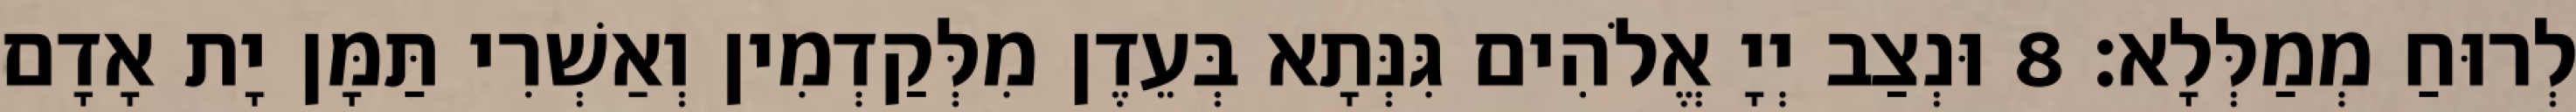
לְרוּחַ מְמַלְּלָא׃ 8 וּנְצַב יְיָ אֱלֹהִים גִּנְּתָא בְּעֵדֶן מִלְּקַדְמִין וְאַשְׁרִי תַּמָּן יָת אָדָם